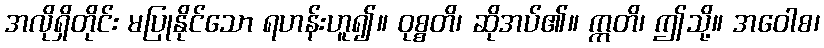
အလိုရှိတိုင်း မပြုနိုင်သော ရဟန်းဟူ၍။ ဝုစ္စတိ၊ ဆိုအပ်၏။ ဣတိ၊ ဤသို့။ အဝေါစ၊